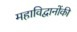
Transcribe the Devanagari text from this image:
महाविद्वानोंकी